Document type: Dowry acquittance
Year: 1427
Scribe: Pere Tarafa
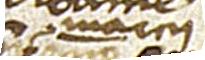
marcii